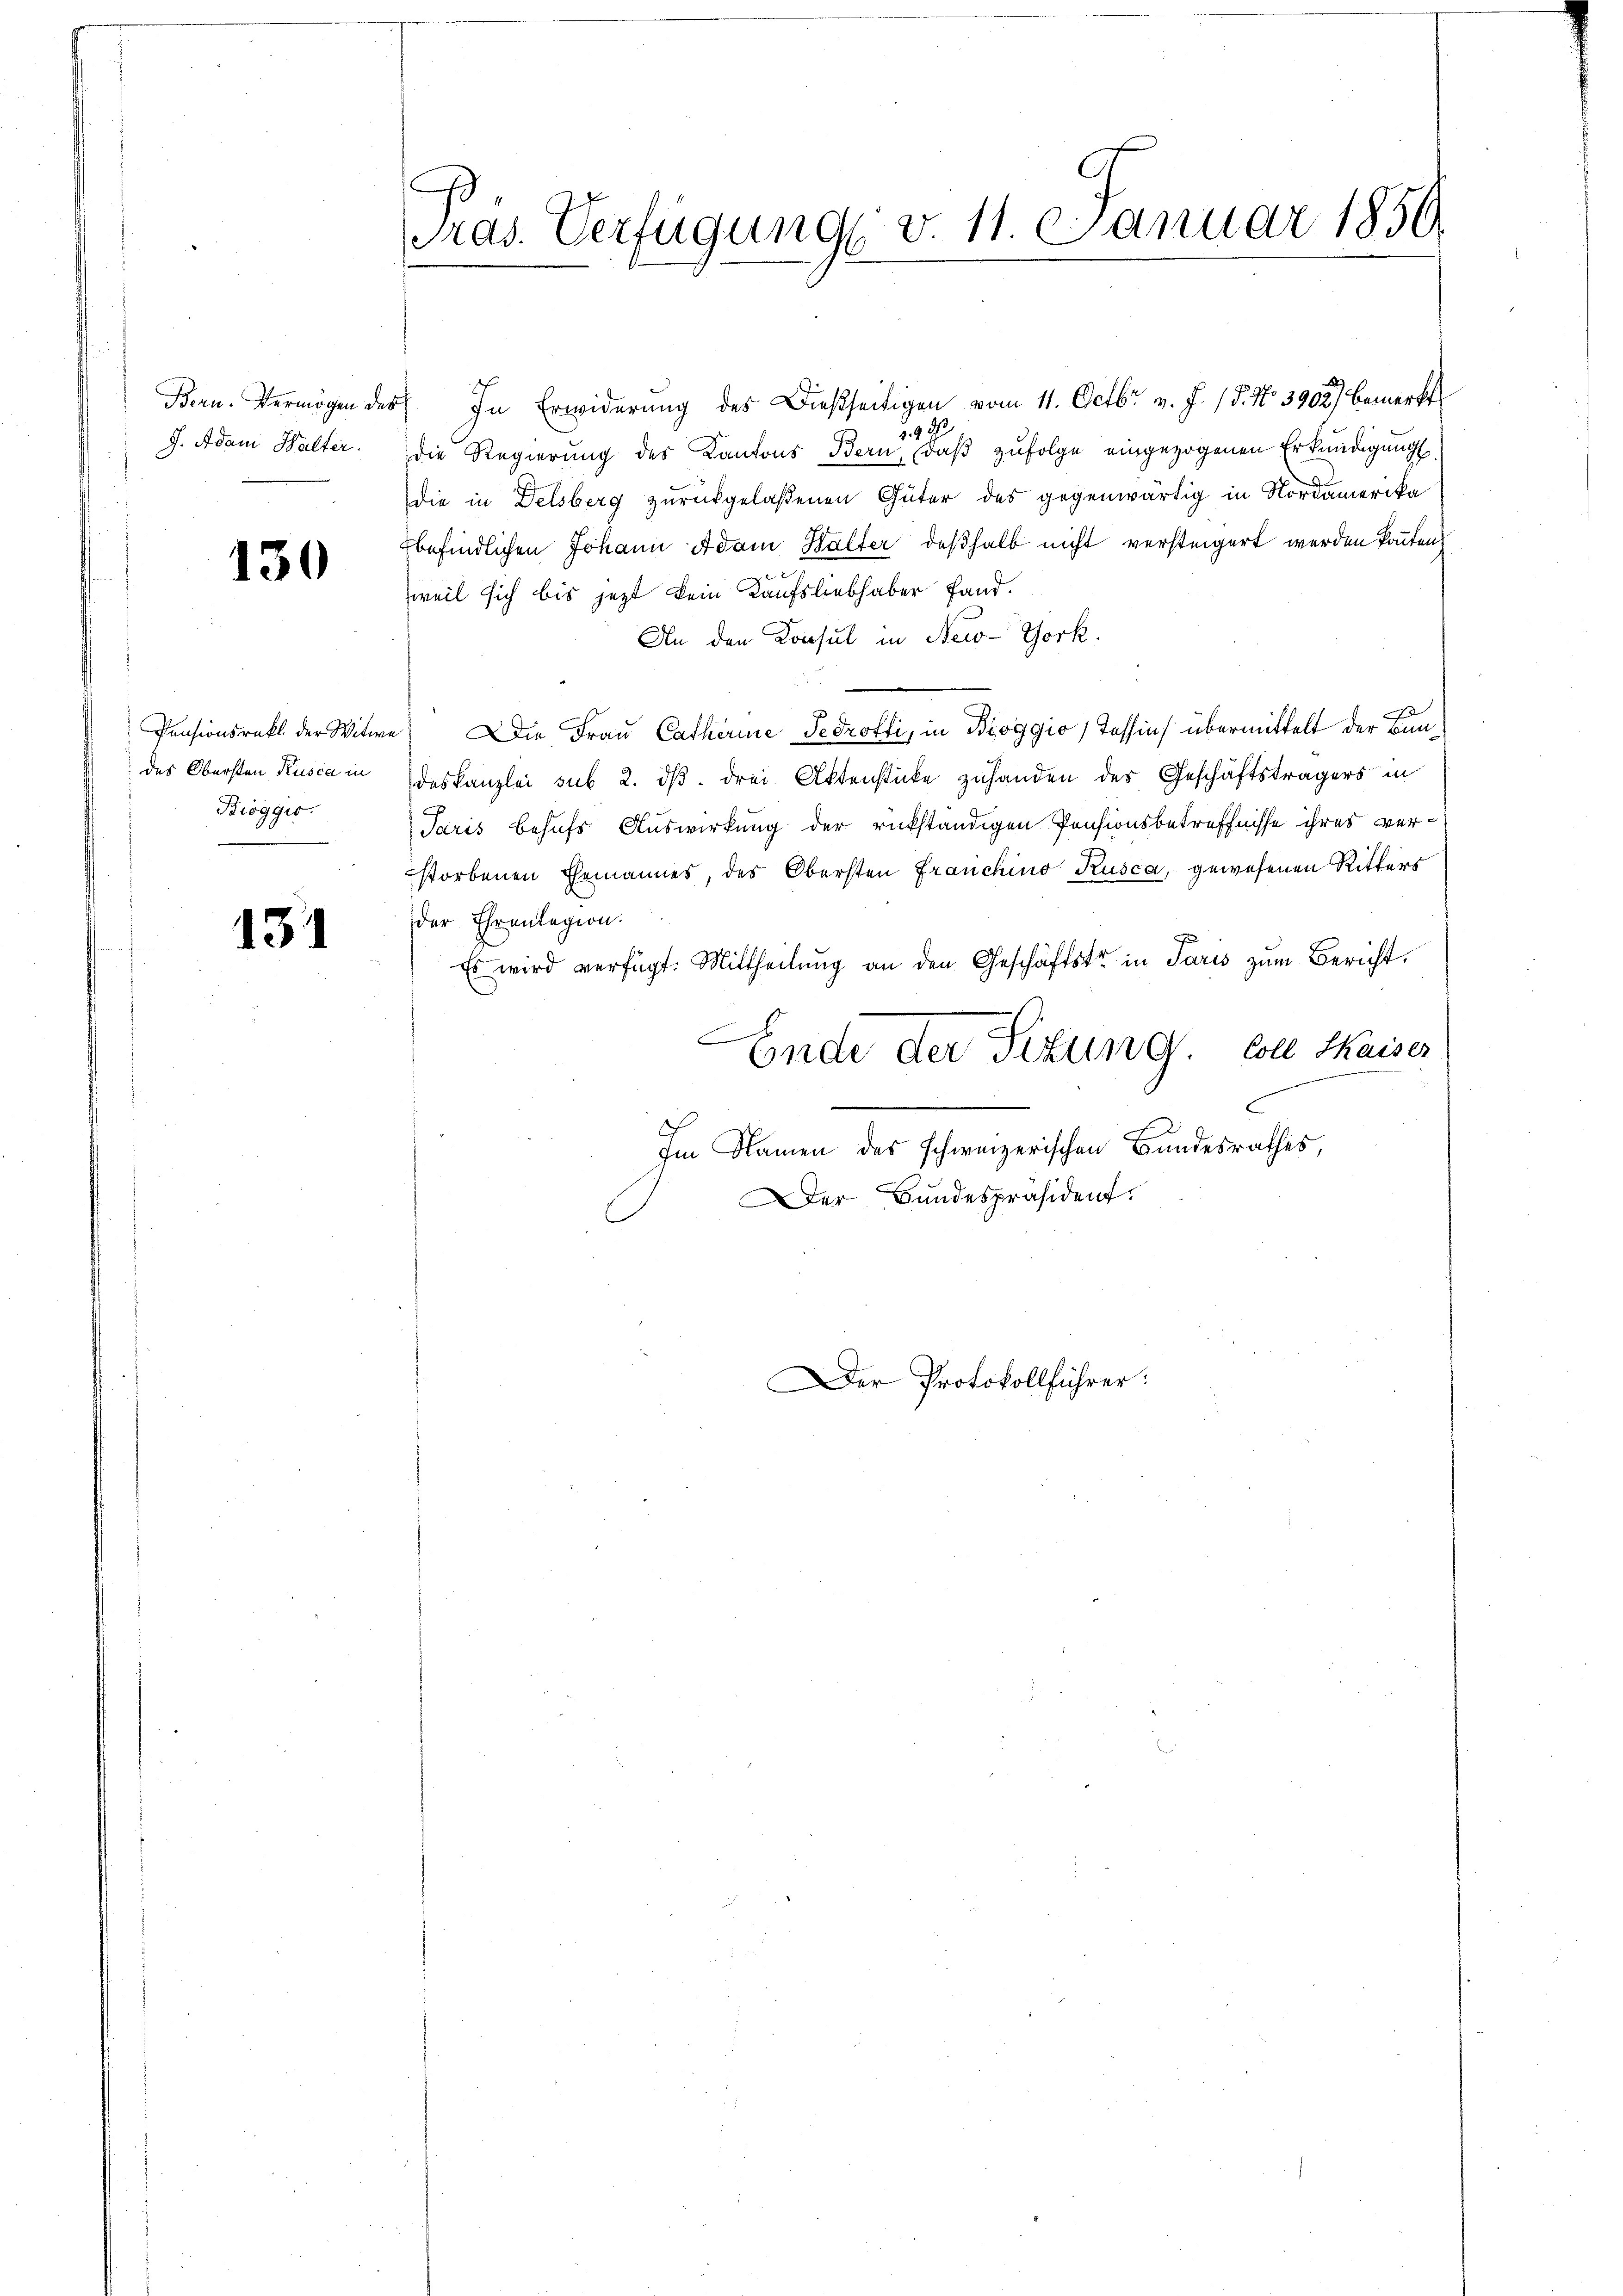
J. Adam Walter.

130

Bioggio.

131

Bern. Vermögen des In Erwiderung des Dießseitigen vom 11. Octbr. v. J. 15. No 3902) bemerkt
.42
die Regierung des Kantons Bern, daß zufolge eingezogenen Erkundigung
die in Delsberg zurückgelaßenen Güter des gegenwärtig in Nordamerika
befindlichen Johann Adam Halter deßhalb nicht versteigert werden könnten
weil sich bis jezt kein Kaufsliebhaber fand.
An den Konsul in New-York.
Pensionsrakt der Witwe Die Fraŭ Catharine Gedrotti, in Boggio) Tessin übermittelt der Bundes Obersten Kusca in deskanzlei sub 2. dβ. drei Aktenstücke zuhanden des Geschäftsträgers in
Paris behufs Auswirkung der rükständigen Pensionsbetreffnisse ihres ver¬
Estorbenen Ehemannes, des Obersten Franchino Kusca, gewesenen Ritters
der Ehrenlegion.
Es wird verfügt: Mittheilung an den Geschäftstr in Paris zum Bericht.
.
Ende der Sitzung. Colle Kaiser
Im Namen des schweizerischen Bundesrathes,
Der Bundespräsident.

.
Pras. Verfügung v. 11. Januar 1850

Der Protokollführer: